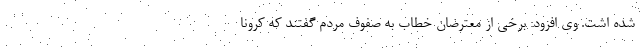
شده اشت. وی افزود: برخی از معترضان خطاب به صفوف مردم گفتند که کرونا